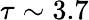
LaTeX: \tau\sim 3.7